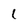
Character: 1